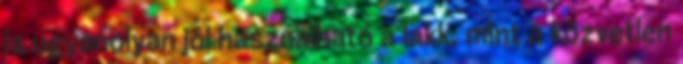
is ugyanolyan jól használható a lakk, mint a közvetlen